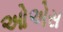
ઓએસ